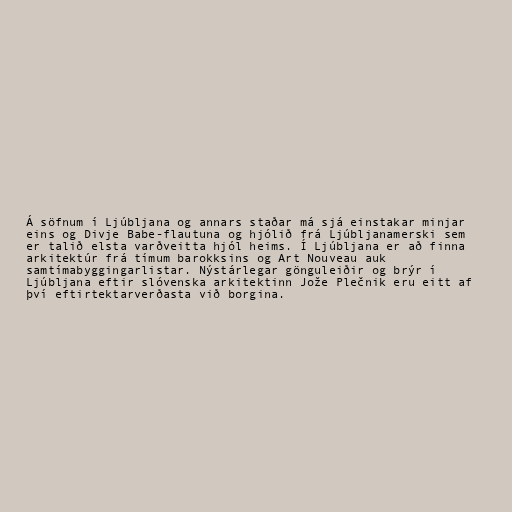
Á söfnum í Ljúbljana og annars staðar má sjá einstakar minjar
eins og Divje Babe-flautuna og hjólið frá Ljúbljanamerski sem
er talið elsta varðveitta hjól heims. Í Ljúbljana er að finna
arkitektúr frá tímum barokksins og Art Nouveau auk
samtímabyggingarlistar. Nýstárlegar gönguleiðir og brýr í
Ljúbljana eftir slóvenska arkitektinn Jože Plečnik eru eitt af
því eftirtektarverðasta við borgina.